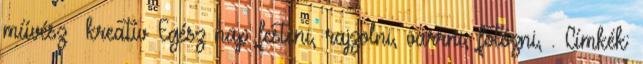
művész kreatív Egész nap festeni, rajzolni, varrni, fotózni, . Címkék: